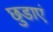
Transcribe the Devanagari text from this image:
छुडाएं